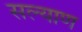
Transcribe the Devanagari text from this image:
सल्याण